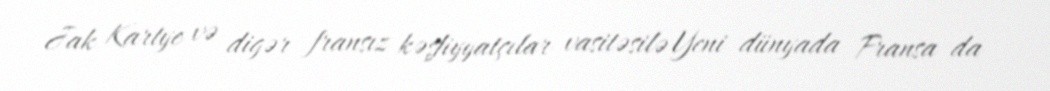
Jak Kartye və digər fransız kəşfiyyatçılar vasitəsilə Yeni dünyada Fransa da